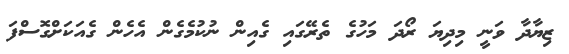
ޒިޔާދާ ވަނީ މިދިޔަ ރޯދަ މަހުގެ ތެރޭގައި ގެއިން ނުކުމެގެން އެހެން ގެއަކަށްގޮސްފަ